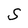
Character: S